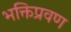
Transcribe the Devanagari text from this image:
भक्तिप्रवण